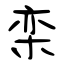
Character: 栾